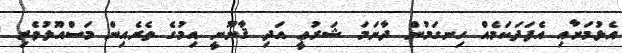
އެޅުމަށާއި އެފަދަކަމެއް ހިނގަމުން ދާނަމަ ޝަރުޢީ އަދި ޤާނޫނީ އިމުގެ ތެރެއިން މަސްއޫލުވެރި